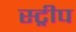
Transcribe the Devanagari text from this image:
स्‍ट्रीप